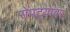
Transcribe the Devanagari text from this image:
रोपट्यावर